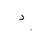
Letter: _dal